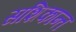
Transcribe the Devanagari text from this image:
सशिकान्त